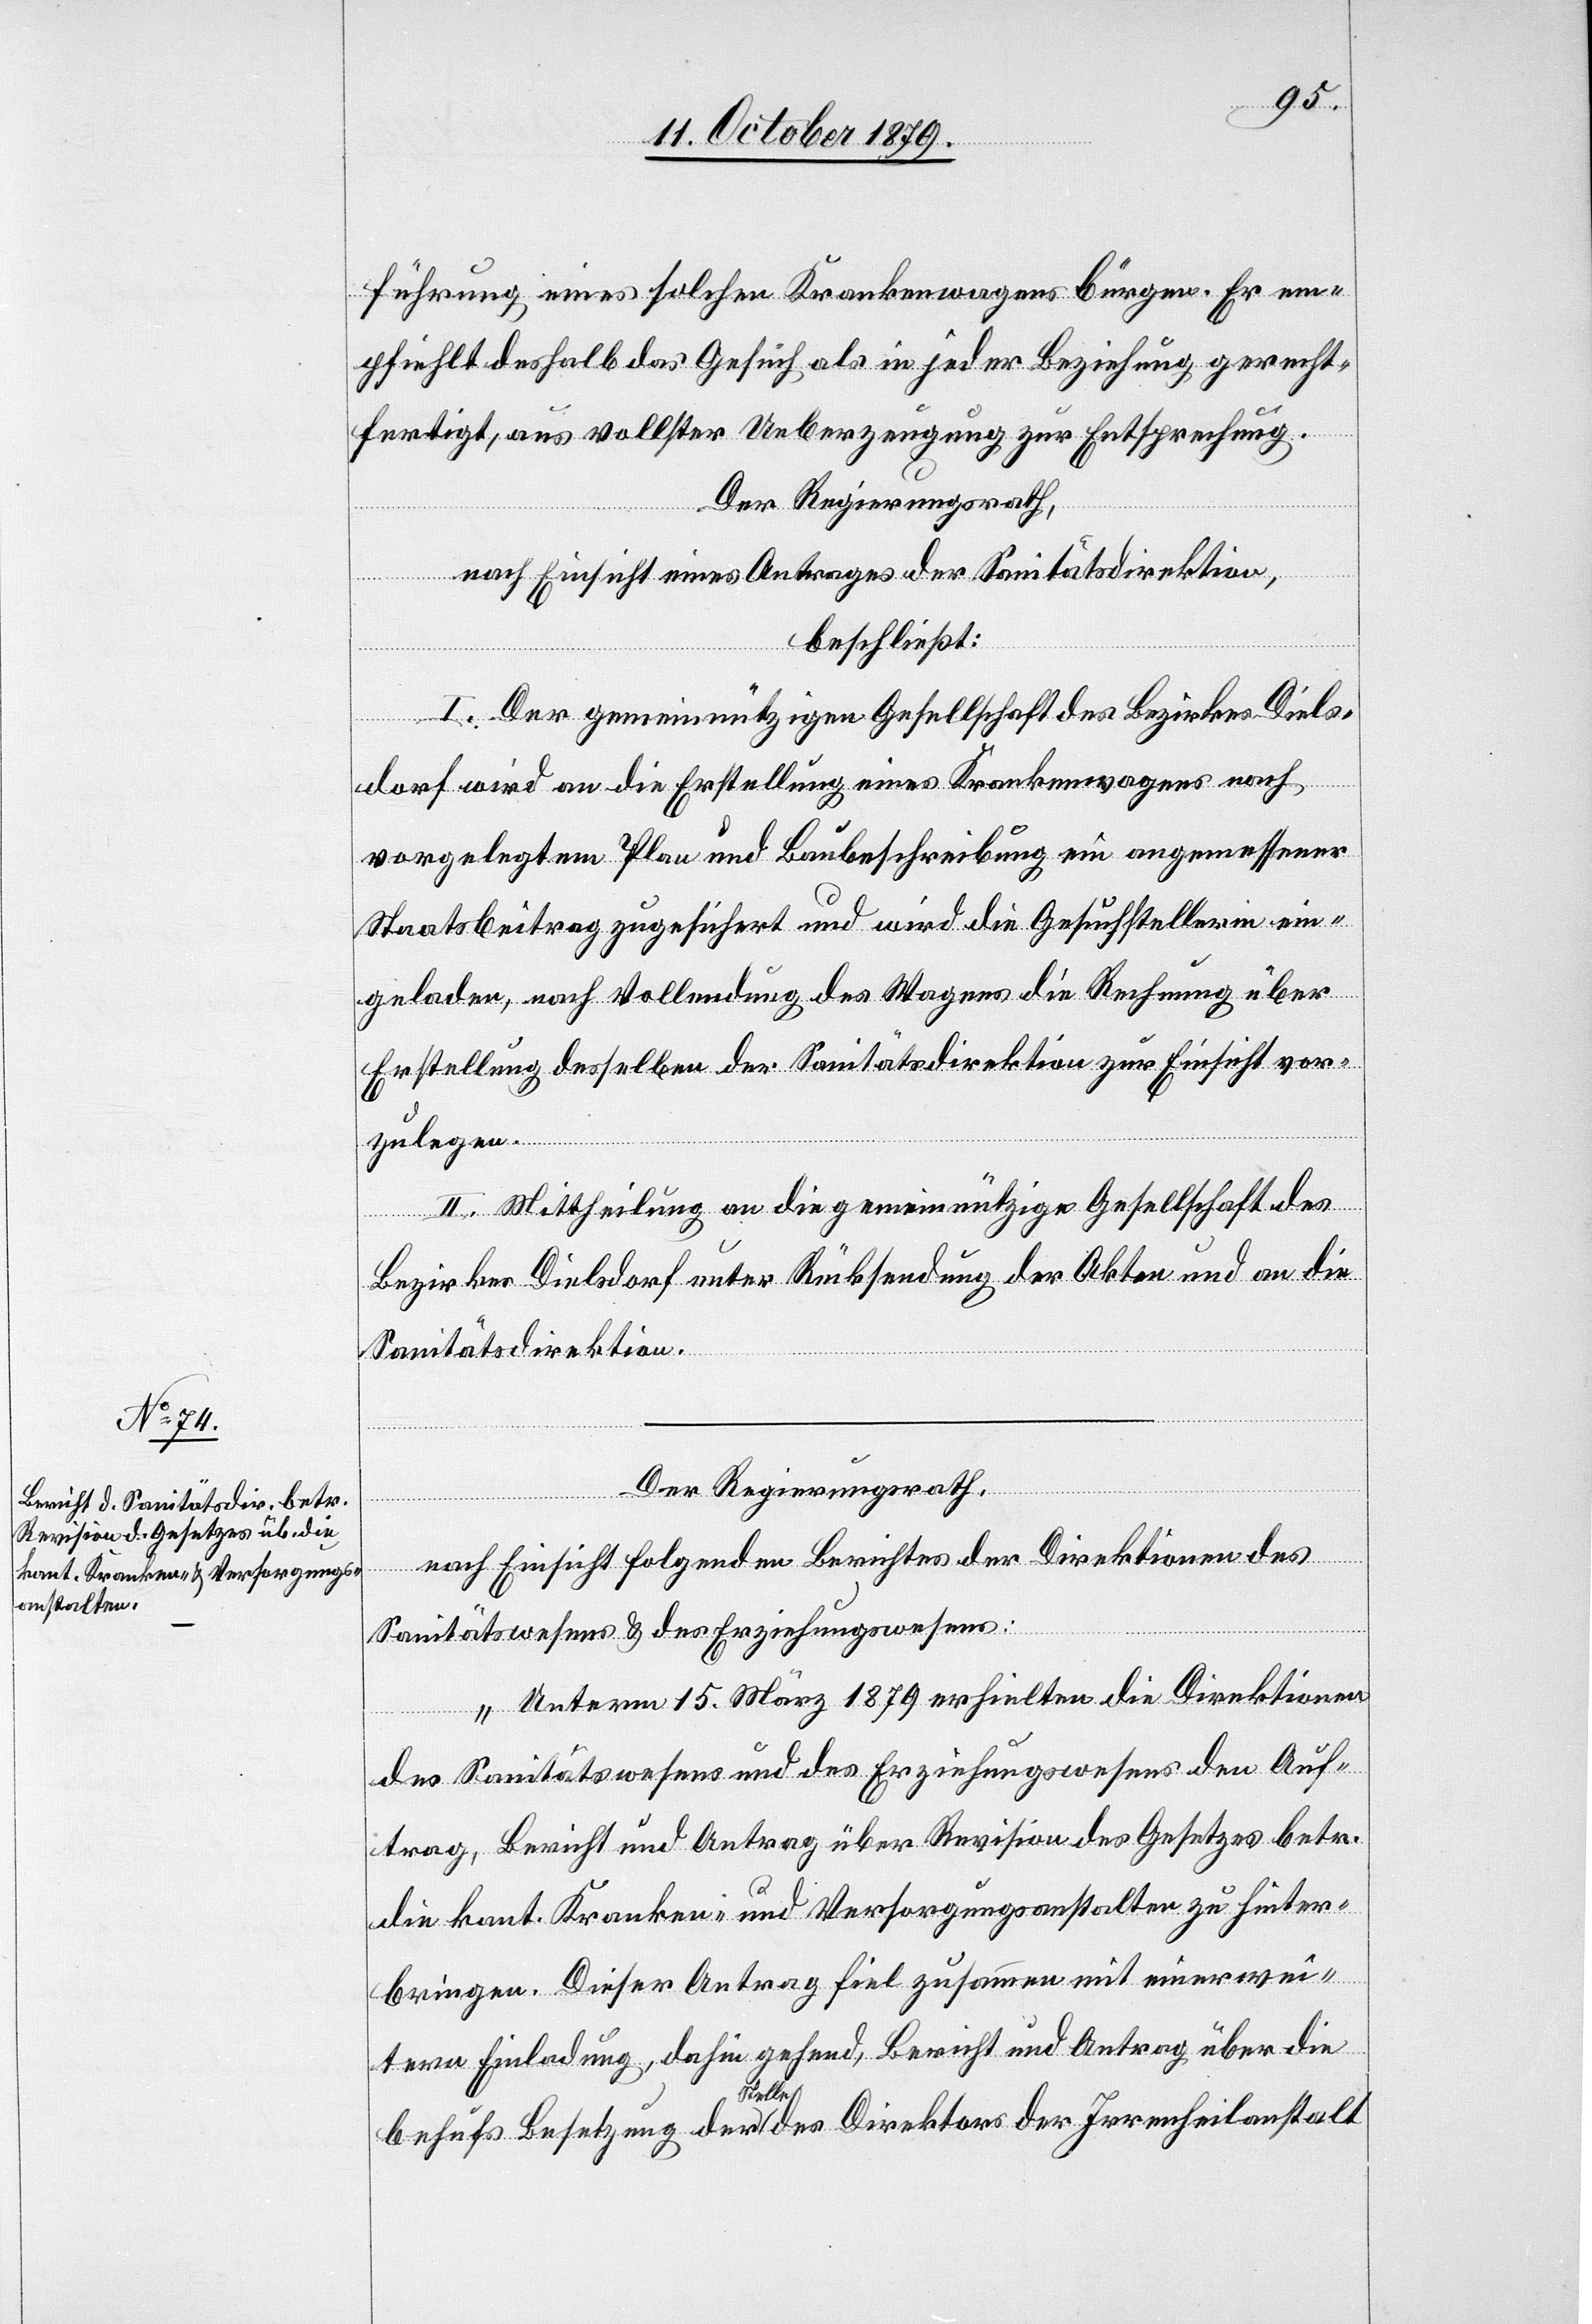
führung eines solchen Krankenwagens bürgen. Er em¬
pfiehlt deshalb das Gesuch als in jeder Beziehung gerecht¬
fertigt, aus vollster Ueberzeugung zur Entsprechung.
Der Regierungsrath,
nach Einsicht eines Antrages der Sanitätsdirektion,
beschließt:
I. Der gemeinnützigen Gesellschaft des Bezirkes Diels¬
dorf wird an die Erstellung eines Krankenwagens nach
vorgelegtem Plan und Baubeschreibung ein angemessener
Staatsbeitrag zugesichert und wird die Gesuchstellerin ein¬
geladen, nach Vollendung des Wagens die Rechnung über
Erstellung desselben der Sanitätsdirektion zur Einsicht vor¬
zulegen.
II. Mittheilung an die gemeinnützige Gesellschaft des
Bezirkes Dielsdorf unter Rücksendung der Akten und an die
Sanitätsdirektion.
Der Regierungsrath,
nach Einsicht folgenden Berichtes der Direktionen des
Sanitätswesens & des Erziehungswesens:
„Unterm 15. März 1879 erhielten die Direktionen
des Sanitätswesens und des Erziehungswesens den Auf¬
trag, Bericht und Antrag über Revision des Gesetzes betr.
die kant. Kranken- und Versorgungsanstalten zu hinter¬
bringen. Dieser Antrag fiel zusammen mit einer wei¬
teren Einladung, dahin gehend, Bericht und Antrag über die
behufs Besetzung der Stelle des Direktors der Irrenheilanstalt